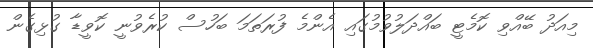
މިއަދު ބޭއްވި ކޮމެޓީ ބައްދަލުވުމުގައި އެންމެ ފުރަތަމަ ބަހުސް ކުރެވުނީ ކޮވީޑާ ގުޅިގެން